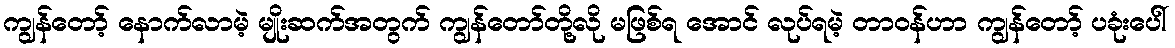
ကျွန်တော့် နောက်လာမဲ့ မျိုးဆက်အတွက် ကျွန်တော်တို့လို မဖြစ်ရ အောင် လုပ်ရမဲ့ တာဝန်ဟာ ကျွန်တော့် ပခုံးပေါ်